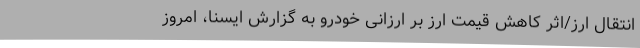
انتقال ارز/اثر کاهش قیمت ارز بر ارزانی خودرو به گزارش ایسنا، امروز